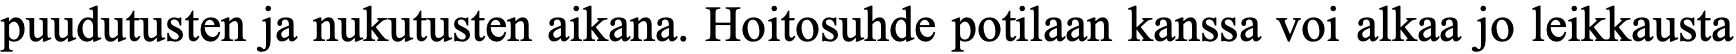
puudutusten ja nukutusten aikana. Hoitosuhde potilaan kanssa voi alkaa jo leikkausta